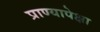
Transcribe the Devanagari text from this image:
प्राण्यापेक्षा